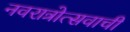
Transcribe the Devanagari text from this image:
नवरात्रोत्सवाची